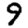
Digit: 9